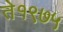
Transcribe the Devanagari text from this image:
ते१९७५